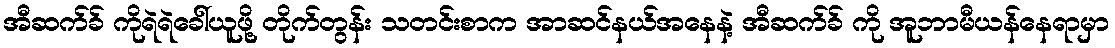
အီဆက်ခ် ကိုရဲရဲခေါ်ယူဖို့ တိုက်တွန်း သတင်းစာက အာဆင်နယ်အနေနဲ့ အီဆက်ခ် ကို အူဘာမီယန်နေရာမှာ